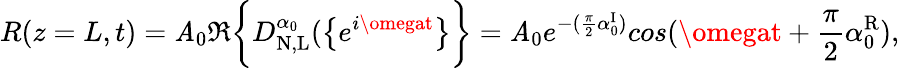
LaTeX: R(z=L,t)=\mathit{A}_{0}\Re\bigg\{ {D_{\mathrm{{N,L}}}^{\alpha_{0}}(\big\{ {e^{i\omegat}\big\} }\bigg\} }=\mathit{A}_{0}e^{-(\frac{{\pi}}{{2}}\alpha_{0}^{\mathrm{{I}}})}cos(\omegat+\frac{{\pi}}{{2}}\alpha_{0}^{\mathrm{{R}}}),